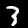
Label: 3